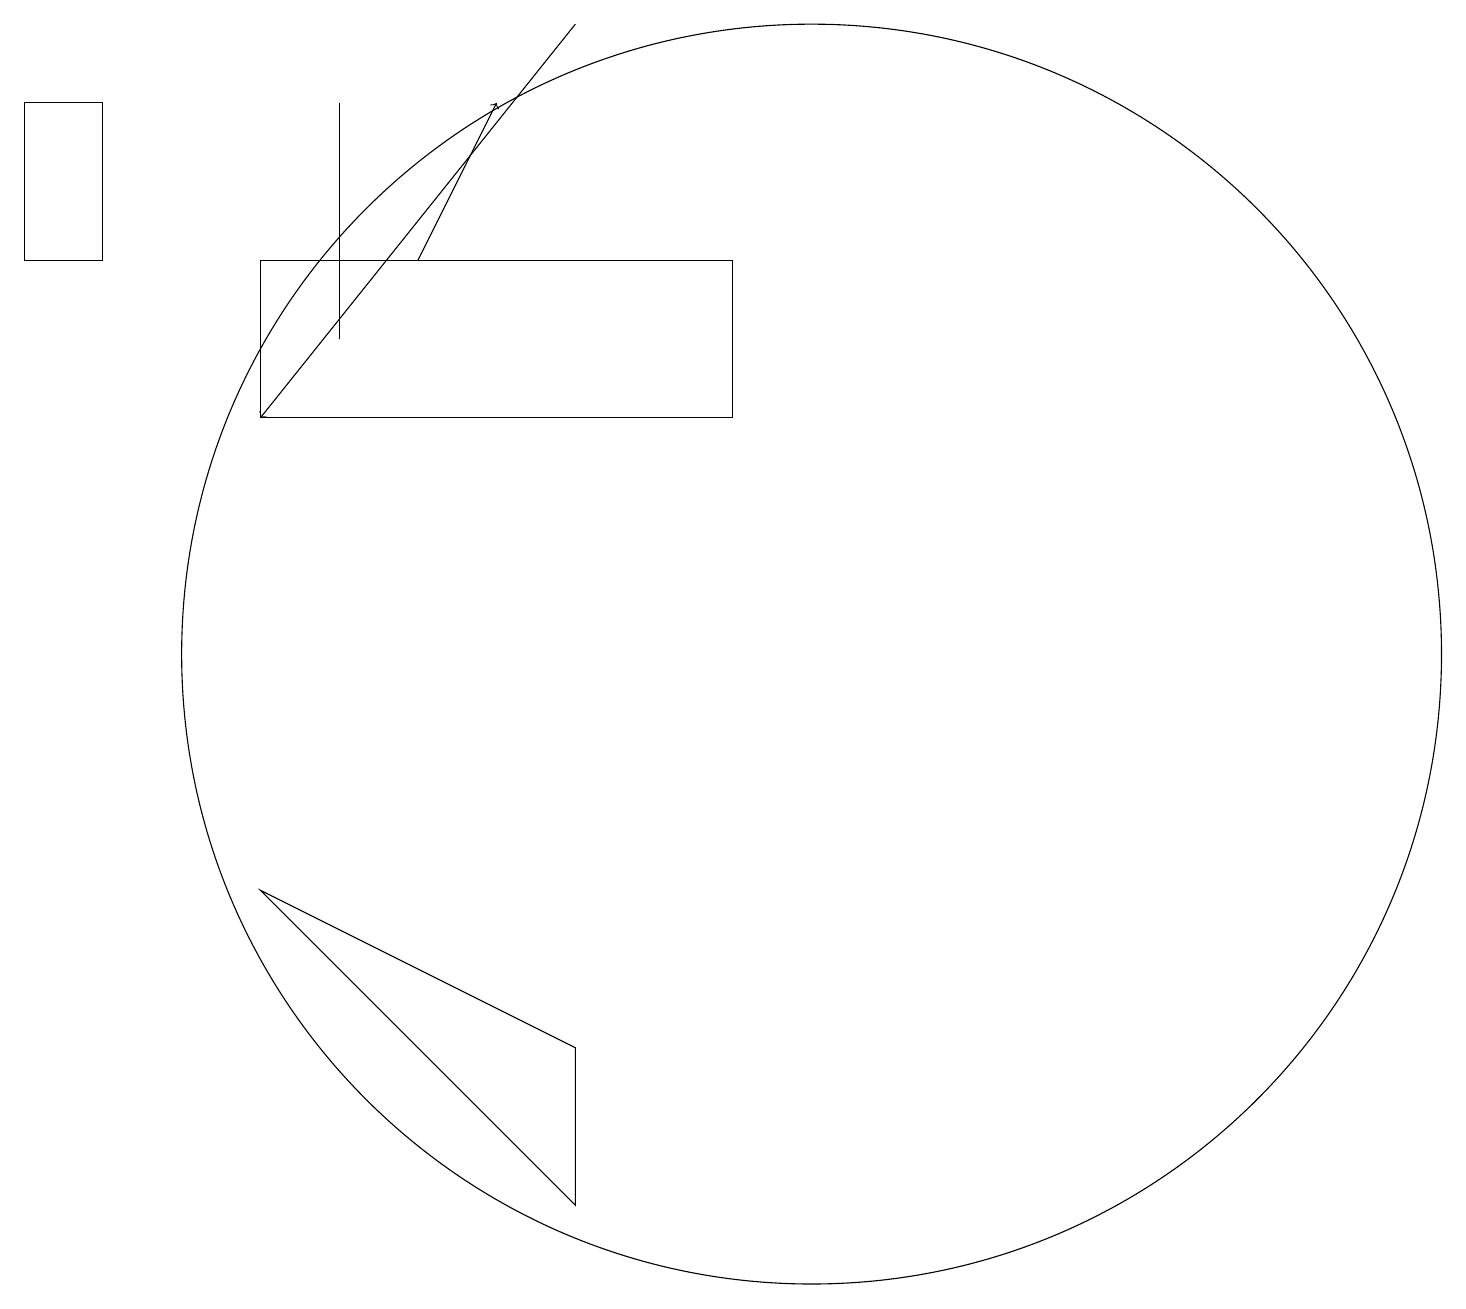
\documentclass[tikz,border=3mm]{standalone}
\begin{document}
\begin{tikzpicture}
\draw (3,7) -- (7,3) -- (7,5) -- cycle;
\draw (3,13) rectangle (9,15);
\draw (4,17) rectangle (4,14);
\draw[->] (7,18) -- (3,13);
\draw (10,10) circle (8);
\draw[->] (5,15) -- (6,17);
\draw (0,15) rectangle (1,17);
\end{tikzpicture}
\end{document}